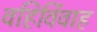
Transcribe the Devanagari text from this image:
वहिर्विवाह